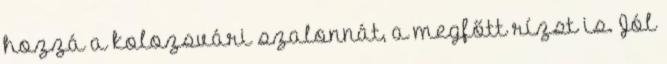
hozzá a kolozsvári szalonnát, a megfőtt rízst is. Jól